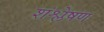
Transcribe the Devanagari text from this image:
शंश्लेषण